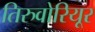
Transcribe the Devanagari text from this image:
तिरुवोरियूर